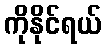
ကိုနိုင်ရယ်